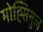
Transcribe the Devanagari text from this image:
मोह्सिनुल